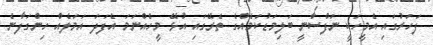
ފަހަރުގައި އެމީހަކީ ނަފްސާނީ ބަލިމަޑުކަމެއްގެ ތެރޭގައި އުޅޭ މީހެއްނަމަ އެފަދަ އަމަލެއް ހިންގަފާނެ